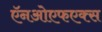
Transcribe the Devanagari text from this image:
ऍनओएफएक्स